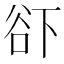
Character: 𱍜